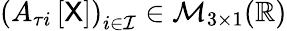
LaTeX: \left(A_{\tau i}\left[\mathsf{X}\right]\right)_{i\in\mathcal{I}}\in\mathcal{M}_{3\times 1}(\mathbb{R})